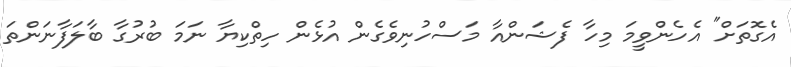
އެގޮތަށް" އެހެންވީމަ މިހާ ފެޝަންއާ މަސްހުނިވެގެން އުޅެން ހިތްކިޔާ ނަމަ ބުރުގާ ބާލަފާނަންތަ